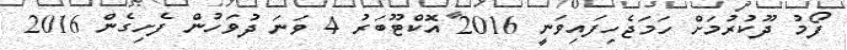
ފޯމު ދޫކުރުމަށް ހަމަޖެހިފައިވަނީ 2016 އޮކްޓޫބަރު 4 ވަނަ ދުވަހުން ފެށިގެން 2016